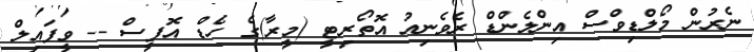
ނެރުން މޯލްޑިވްސް އިންލެންޑް ރެވެނިއު އޮތޯރިޓީ (މީރާ)ގެ ހެޑް އޮފީސް -- ވީފައިލް